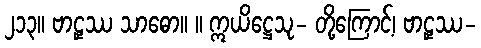
၂၁၃။ ဗာဠှဿ သာဓော။ ။ ဣယိဋ္ဌေသု- တို့ကြောင့်၊ ဗာဠှဿ-